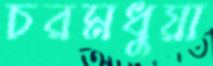
চরমধুয়া